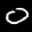
Label: 0